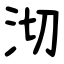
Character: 沏